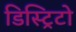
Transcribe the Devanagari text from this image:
डिस्ट्रिटो